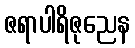
ဇရာပါရိဇုညေန